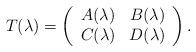
LaTeX: \begin{align*}T(\lambda) = \left( \begin{array}{cc}A(\lambda) & B(\lambda) \\C(\lambda) & D(\lambda)\end{array}\right).\end{align*}